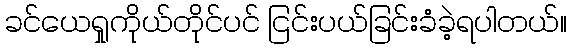
ခင်ယေရှုကိုယ်တိုင်ပင် ငြင်းပယ်ခြင်းခံခဲ့ရပါတယ်။